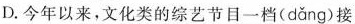
D. 今年以来，文化类的综艺节目一档( dǎng )接